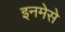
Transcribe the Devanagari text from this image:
इनमेसे